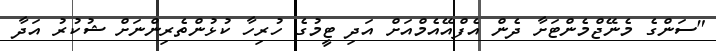
"ސަންގެ މެނޭޖްމެންޓަށާ ދެން އެފްއޭއެމްއަށް އަދި ޓީމުގެ ހުރިހާ ކުޅުންތެރިންނަށް ޝުކުރު އަދާ